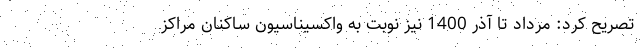
تصریح کرد: مرداد تا آذر 1400 نیز نوبت به واکسیناسیون ساکنان مراکز